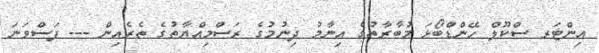
އިންޓަރ ސްކޫލް ހޭންޑްބޯޅަ މުބާރާތުގެ އިނާމު ދިނުމުގެ ރަސްމިއްޔާތުގެ ތެރެއިން --- ފަސްވަނަ